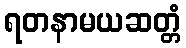
ရတနာမယဆတ္တံ